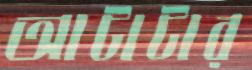
আটাটার